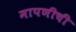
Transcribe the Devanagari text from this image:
मापणीची